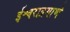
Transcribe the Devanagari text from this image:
ईश्वराप्रमाणे